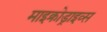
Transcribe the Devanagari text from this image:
माइक्रोड्राइव्स